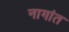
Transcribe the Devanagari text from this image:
नागांत